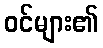
ဝင်များ၏